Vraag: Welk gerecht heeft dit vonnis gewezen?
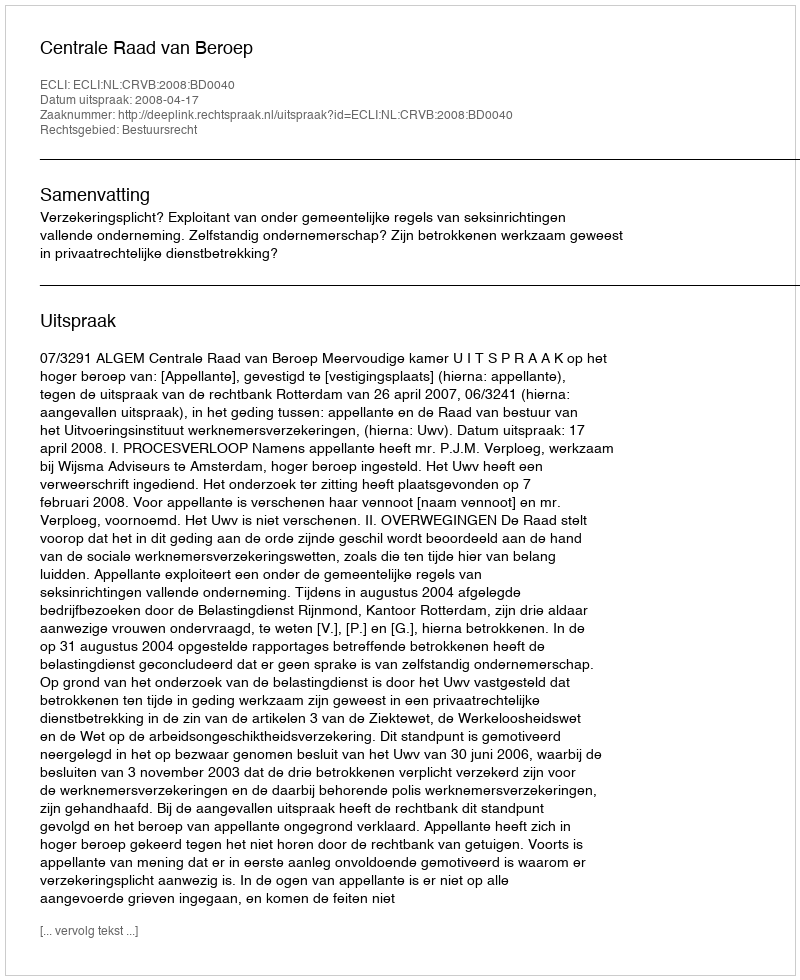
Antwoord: Centrale Raad van Beroep